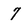
Character: 7